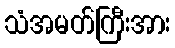
သံအမတ်ကြီးအား